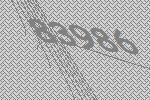
83986